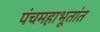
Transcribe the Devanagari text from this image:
पंचमहाभूतांत